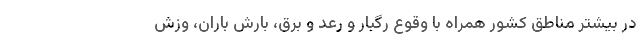
در بیشتر مناطق کشور همراه با وقوع رگبار و رعد و برق، بارش باران، وزش